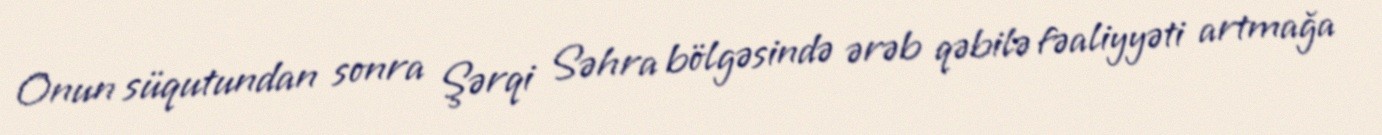
Onun süqutundan sonra Şərqi Səhra bölgəsində ərəb qəbilə fəaliyyəti artmağa